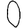
Digit: 0